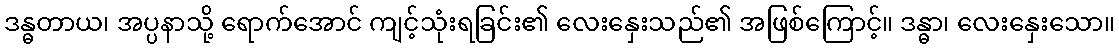
ဒန္ဓတာယ၊ အပ္ပနာသို့ ရောက်အောင် ကျင့်သုံးရခြင်း၏ လေးနှေးသည်၏ အဖြစ်ကြောင့်။ ဒန္ဓာ၊ လေးနှေးသော။